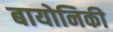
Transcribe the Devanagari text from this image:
बायोनिकी